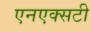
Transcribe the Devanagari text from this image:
एनएक्सटी